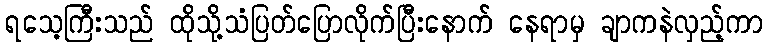
ရသေ့ကြီးသည် ထိုသို့သံပြတ်ပြောလိုက်ပြီးနောက် နေရာမှ ချာကနဲလှည့်ကာ